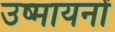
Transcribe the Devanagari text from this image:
उष्मायनों